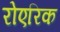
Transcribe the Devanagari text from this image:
रोएरिक